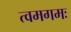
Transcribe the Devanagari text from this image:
त्वमगमः